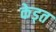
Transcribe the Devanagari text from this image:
केड्त